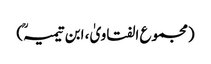
(مجموع الفتاویٰ، ابن تیمیہؒ)